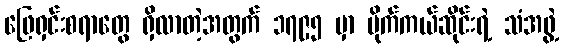
ဖြေရှင်းစရာတွေ ရှိလာတဲ့အတွက် ၁၇၉၅ မှာ မိုက်ကယ်ဆိုင်းရဲ့ သံအဖွဲ့